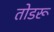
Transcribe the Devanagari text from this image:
तोडरू